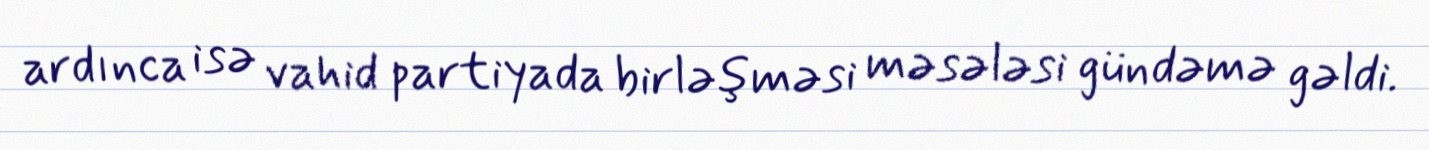
ardınca isə vahid partiyada birləşməsi məsələsi gündəmə gəldi.